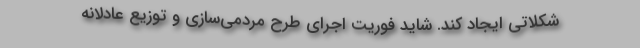
شکلاتی ایجاد کند. شاید فوریت اجرای طرح مردمی‌سازی‌ و توزیع عادلانه